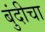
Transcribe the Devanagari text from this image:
बुंदीचा